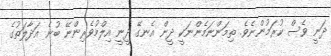
ދަނީ ވެސް ކުރަމުންނެވެ. ތިމަންނަމެންނަކީ ދީން އެނގޭ ދީނީ އިލްމުވެރިންނޭ ބުނެ އަދާލަތުގެ